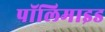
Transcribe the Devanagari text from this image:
पॉलिमाइड